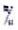
%